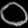
Digit: ၀